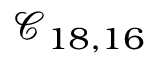
\mathcal { C } _ { 1 8 , 1 6 }